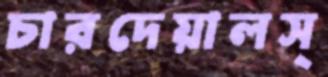
চারদেয়ালস্